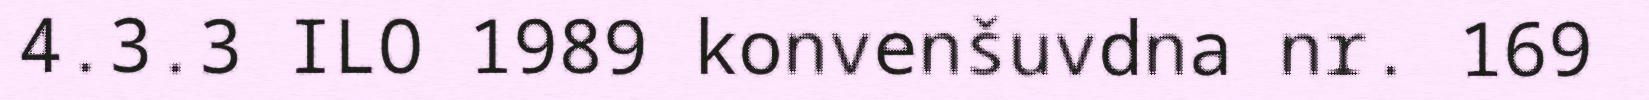
4.3.3 ILO 1989 konvenšuvdna nr. 169